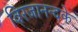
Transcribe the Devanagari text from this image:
विरजानन्दके